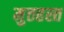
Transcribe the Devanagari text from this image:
मुत्तहस्त